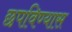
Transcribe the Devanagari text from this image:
छपविण्यास